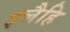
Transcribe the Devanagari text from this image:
इलैहि